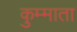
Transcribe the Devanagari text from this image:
कुम्माता